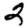
Digit: 2